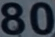
80